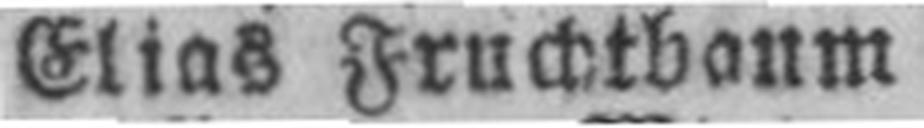
Elias Fruchtbaum